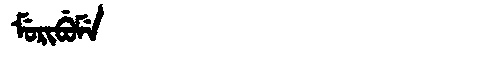
Manchu: ᠮᡠᡵᡳᠪᡠᠮᡝ
Romanization: MURIBUME